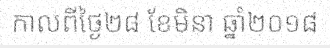
កាលពីថ្ងៃ២៨ ខែមិនា ឆ្នាំ២០១៨